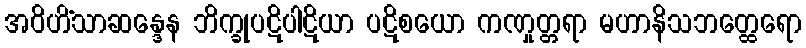
အဝိဟိံသာဆန္ဒေန ဘိက္ခုပဋိပါဋိယာ ပဋိစယော ကဏှုတ္တရာ မဟာနိသဘတ္ထေရော